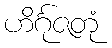
ဟိင်္ဂုဇတုံ